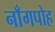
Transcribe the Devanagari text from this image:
नाँगपोह